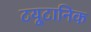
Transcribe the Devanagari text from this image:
टयूटानिक